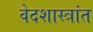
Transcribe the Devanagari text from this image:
वेदशास्त्रांत